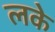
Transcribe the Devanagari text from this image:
लके